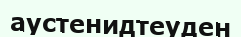
аустенидтеуден